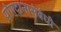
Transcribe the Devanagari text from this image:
योगदानासंबंधी